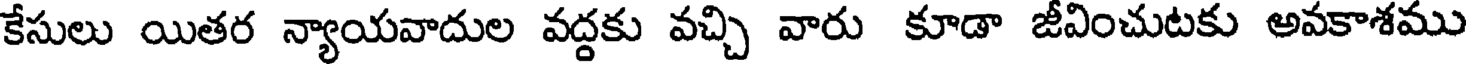
కేసులు యితర న్యాయవాదుల వద్దకు వచ్చి వారు కూడా జీవించుటకు అవకాశము